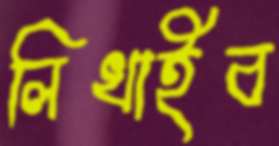
লিখাইব